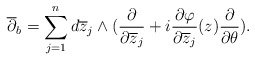
\begin{align*} \overline\partial_b=\sum^n_{j=1}d\overline z_j\wedge(\frac{\partial}{\partial\overline z_j}+i\frac{\partial\varphi}{\partial\overline z_j}(z)\frac{\partial}{\partial\theta}).\end{align*}